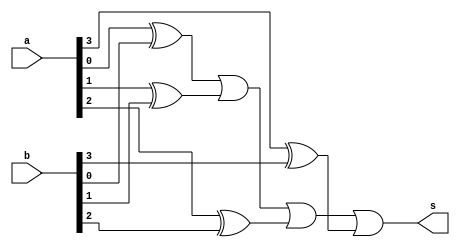
//Guia04 - ARQ1 - Eduardo Botelho de Andrade

module different (output s,
                  input [3:0] a,
                  input [3:0] b);

  xor xor1 (w1,a[0],b[0]);
  xor xor2 (w2,a[1],b[1]);
  xor xor3 (w3,a[2],b[2]);
  xor xor4 (w4,a[3],b[3]);
  or   or1 (s,w1,w2,w3,w4);


endmodule

module testmodule;

 reg [3:0] x; reg [3:0] y;
 wire s;

 different different1 (s,x,y);

 initial begin
  x = 4'b0000; y = 4'b0000;
 end
 
 initial begin
  $display("Teste de ALU - Eduardo Botelho de Andrade");
  $display("   x      y      s");
  $monitor("%4b %4b  %b",x,y,s);

  #1 x = 4'b1010; y = 4'b0011;

 end

endmodule